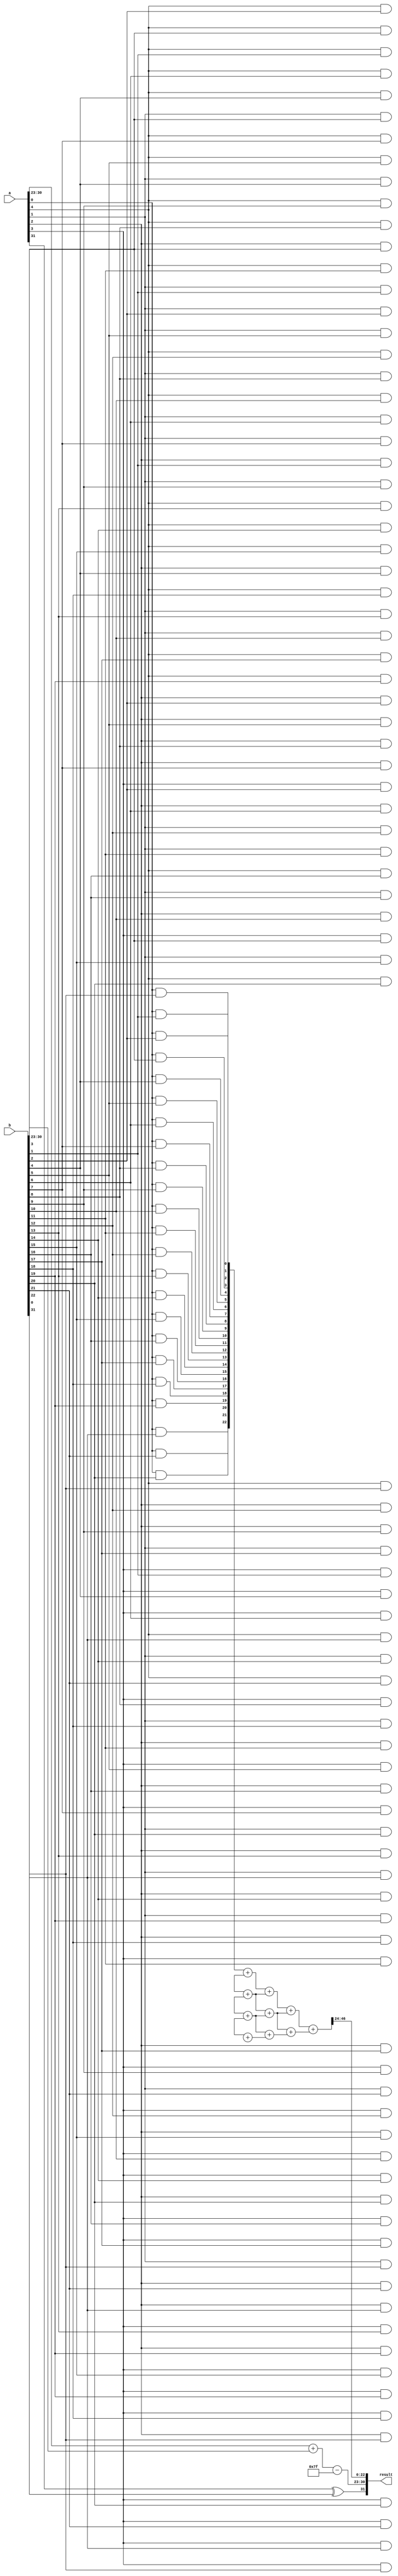
module fp_wallace_tree_multiplier (
    input [31:0] a,          // First floating-point input
    input [31:0] b,          // Second floating-point input
    output reg [31:0] result  // Resulting floating-point output
);

    // Define components of the floating-point format
    wire sign_a = a[31];
    wire sign_b = b[31];
    wire [7:0] exp_a = a[30:23];  // Exponent of input a
    wire [7:0] exp_b = b[30:23];  // Exponent of input b
    wire [22:0] frac_a = a[22:0]; // Significand of input a
    wire [22:0] frac_b = b[22:0]; // Significand of input b

    // Sign of the result
    wire sign_result = sign_a ^ sign_b;

    // Exponent calculation (with bias adjustment, bias = 127 for single precision)
    wire [8:0] exp_sum = {1'b0, exp_a} + {1'b0, exp_b} - 8'd127; // Remove bias
    wire [7:0] exp_result = exp_sum[7:0];  // Result exponent

    // Partial Product Generation
    wire [46:0] partial_products [22:0]; // To hold partial products
    genvar i, j;
    generate
        for (i = 0; i < 23; i = i + 1) begin : pp_gen
            for (j = 0; j < 23; j = j + 1) begin : pp_inner
                assign partial_products[i][j+i] = frac_a[i] & frac_b[j]; // Multiplying bits
            end
        end
    endgenerate

    // Wallace Tree Reduction - 4 stages example
    wire [46:0] stage1 [11:0];
    wire [46:0] stage2 [5:0];
    wire [46:0] stage3 [2:0];
    wire [46:0] stage4;

    // Stage 1 - Group and reduce using adders
    generate
        for (i = 0; i < 12; i = i + 1) begin : stage1_gen
            if (i < 11)
                assign stage1[i] = partial_products[i][46:0] + partial_products[i+1][46:0];
            else
                assign stage1[i] = partial_products[i][46:0];
        end
    endgenerate

    // Stage 2
    generate
        for (i = 0; i < 6; i = i + 1) begin : stage2_gen
            if (i < 5)
                assign stage2[i] = stage1[i][46:0] + stage1[i+1][46:0];
            else
                assign stage2[i] = stage1[i][46:0];
        end
    endgenerate

    // Stage 3
    generate
        for (i = 0; i < 3; i = i + 1) begin : stage3_gen
            if (i < 2)
                assign stage3[i] = stage2[i][46:0] + stage2[i+1][46:0];
            else
                assign stage3[i] = stage2[i][46:0];
        end
    endgenerate

    // Final stage
    assign stage4 = stage3[0] + stage3[1];

    // Result Construction
    // The significand is the result of the Wallace tree multiplication
    wire [23:0] raw_significand = stage4[46:24]; // Adjust for final size
    wire [23:0] normalized_significand;          // Placeholder for normalized significand

    // Normalize the significand (this is a simplified placeholder)
    // TODO: Implement actual normalization logic
    assign normalized_significand = raw_significand; // Example, no actual normalization

    // Create the final result
    always @(*) begin
        result[31] = sign_result;                   // Sign
        result[30:23] = exp_result;                 // Exponent
        result[22:0] = normalized_significand[22:0]; // Significand
    end
endmodule